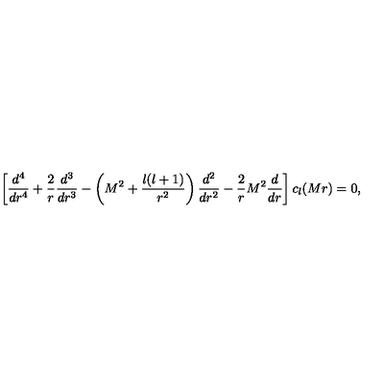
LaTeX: \left[ { \frac { d ^ { 4 } } { d r ^ { 4 } } } + { \frac { 2 } { r } } { \frac { d ^ { 3 } } { d r ^ { 3 } } } - \left( M ^ { 2 } + { \frac { l ( l + 1 ) } { r ^ { 2 } } } \right) { \frac { d ^ { 2 } } { d r ^ { 2 } } } - { \frac { 2 } { r } } M ^ { 2 } { \frac { d } { d r } } \right] c _ { l } ( M r ) = 0 ,